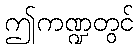
ဤကဏ္ဍတွင်